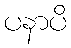
ပနာပိ